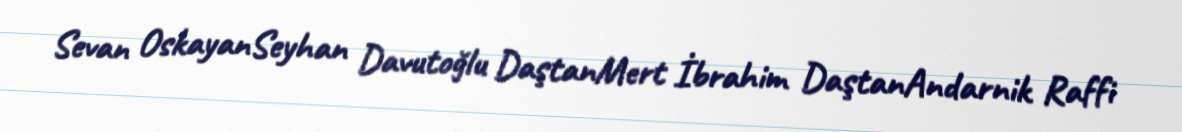
Sevan OskayanSeyhan Davutoğlu DaştanMert İbrahim DaştanAndarnik Raffi